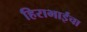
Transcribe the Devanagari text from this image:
हिराभाईंचा